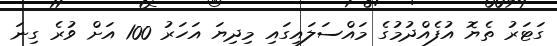
ގަޓަރު ތެޔޮ އުފެއްދުމުގެ މައްސަލައިގައި މިދިޔަ އަހަރު 100 އަށް ވުރެ ގިނަ